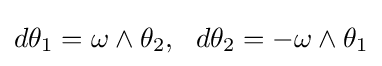
d\theta _{1}=\omega \wedge \theta _{2},\,\,\,\,d\theta _{2}=-\omega \wedge \theta _{1}